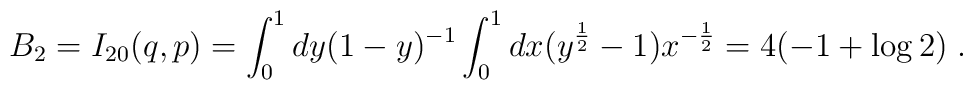
B_2=I_{20} (q,p) = \int_0^1 dy (1-y)^{-1} \int_0^1 dx (y^{\frac12}-1)x^{-\frac12}= 4(-1+\log 2)\; .